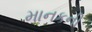
માનકની